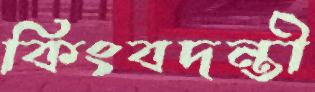
কিংবদন্তী